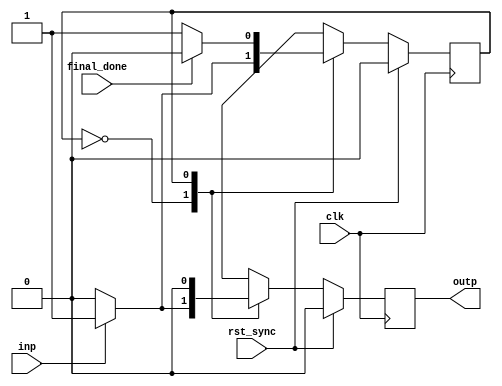
module FSM_START_EULAR (
input clk,rst_sync,inp,final_done,
output outp
);

// States
localparam  State0 = 1'b0, State1 = 1'b1;
reg current_state;

reg temp_out;

assign outp = temp_out;


always @(posedge clk)
begin
    if(rst_sync == 1'b1)
        begin
            current_state <= State0;
            temp_out <= 1'b0;
        end
    else
    case(current_state)
        State0:
            begin
                if(inp == 1'b0)
                    begin
                        current_state <= State0;
                        temp_out <= 1'b0;
                    end
                else
                    begin
                        current_state <= State1;
                        temp_out <= 1'b1;
                    end
            end
        State1:
            begin
                if(final_done == 1'b1)
                    begin
                        current_state <= State0;
                        temp_out <= 1'b0;
                    end
                else
                    begin
                        current_state <= State1;
                        temp_out <= 1'b0;
                    end
            end
    endcase
end

endmodule